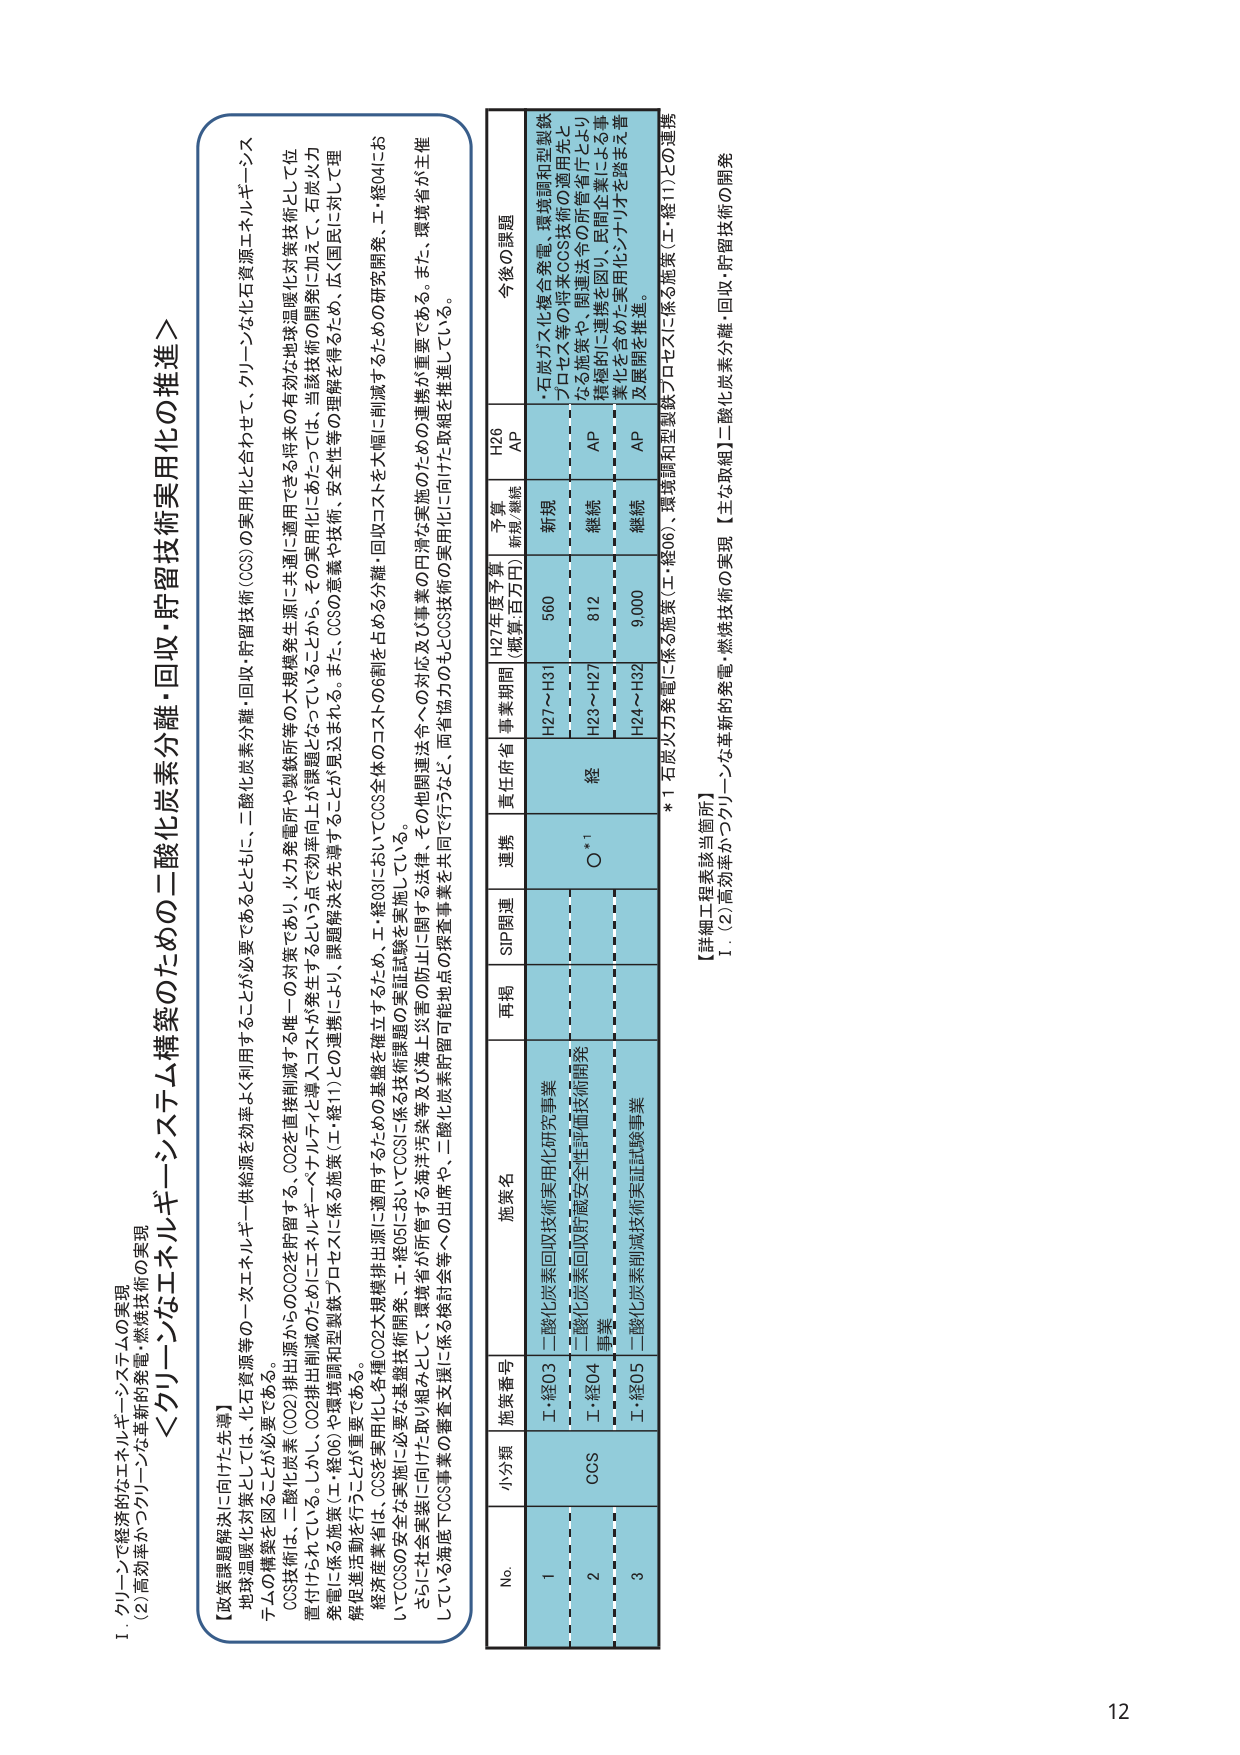
Ⅰ．グリーンで経済的なエネルギー・システムの実現
（2）高効率かつグリーンな革新的発電・燃焼技術の実現

＜グリーンなエネルギー構築のための二酸化炭素分離・回収・貯留技術実用化の推進＞

【政策課題解決に向けた先導】
地球温暖化対策としては、化石資源等の一次エネルギー供給源を効率よく利用することが必要であるとともに、二酸化炭素分離・回収・貯留技術（CCS）の実用化と合わせて、グリーンな化石資源エネルギー・システムの構築を図ることが必要である。
CCS技術は、二酸化炭素（CO2）排出源からCO2を貯留する。CO2を直接削減する唯一の対策であり、火力発電所や製鉄所等の大規模発生源に共通に適用できる将来の有効な地球温暖化対策技術として位置付けられている。しかし、CO2排出削減のためにはエネルギー・ペナルティと導入コストが発生するという点で効率向上が課題となっていることから、その実用化にあたっては、当該技術の開発に加えて、石炭火力発電に係る施策（工・経06）や環境調和型製鉄プロセスに係る施策（工・経11）との連携により、課題解決を先導することが見込まれる。また、CCSの意義や技術、安全性等の理解を得るため、広く国民に対して理解促進活動を行うことが重要である。
経済産業省では、CCSを実用化し、各種CO2大規模排出源に適用するための基礎を確立するため、工・経03においてCCS全体のコストの6割を占める分離・回収コストを大幅に削減するための研究開発、工・経04においてCCSの安全な実施に必要な基礎技術開発、工・経05においてCCSに係る技術課題の実証試験を実施している。
さらに社会実装に向けた取り組みとして、環境省が所管する海洋汚染等及び海上的防災に関する法律、その他関連法令への対応及び事業の円滑な実施のための連携が重要である。また、環境省が主催している海底下CCS事業の審査支援に係る検討会等への出席や、二酸化炭素封留可能地点の探査事業を共同で行うなど、両省協力のもとCCS技術の実用化に向けた取組を推進している。

No. 小分類 施策番号 施策名 再掲 SIP関連 連携 責任府省 事業期間 H27年度予算 （概算・百万円） 予算 新規／継続 H26 AP 今後の課題
1 CCS 工・経03 二酸化炭素回収技術実用化研究事業 H27～H31 560 新規 AP ・石炭ガス化複合発電、環境調和型製鉄プロセス等の将来CCS技術の適用先となる施策や、関連法令の所管省庁により積極的に連携を図り、民間企業による事業化を含めた実用化シナリオを踏まえ普及展開を推進。
2 工・経04 二酸化炭素回収貯蔵安全性評価技術開発事業 ○*1 H23～H27 812 継続 AP
3 工・経05 二酸化炭素削減技術実証試験事業 H24～H32 9,000 継続 AP

*1 石炭火力発電に係る施策（工・経06）、環境調和型製鉄プロセスに係る施策（工・経11）との連携

【詳細工程表該当箇所】
Ⅰ．（2）高効率かつグリーンな革新的発電・燃焼技術の実現 【主な取組】二酸化炭素分離・回収・貯留技術の開発

12